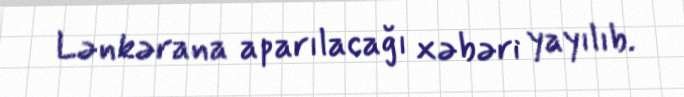
Lənkərana aparılacağı xəbəri yayılıb.